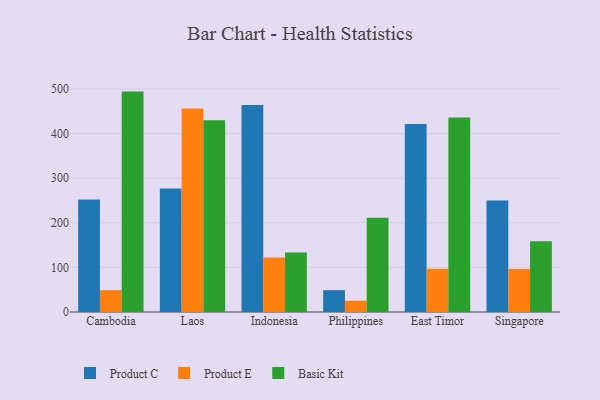
{"axis": {"x": "Country", "y": "Bounce Rate (%)"}, "legend": ["Basic Kit", "Product C", "Product E"], "data": [{"x": "Cambodia", "y": 252.0, "type": "Product C"}, {"x": "Cambodia", "y": 49.0, "type": "Product E"}, {"x": "Cambodia", "y": 494.0, "type": "Basic Kit"}, {"x": "Laos", "y": 277.0, "type": "Product C"}, {"x": "Laos", "y": 456.0, "type": "Product E"}, {"x": "Laos", "y": 429.9, "type": "Basic Kit"}, {"x": "Indonesia", "y": 463.9, "type": "Product C"}, {"x": "Indonesia", "y": 122.4, "type": "Product E"}, {"x": "Indonesia", "y": 133.5, "type": "Basic Kit"}, {"x": "Philippines", "y": 48.9, "type": "Product C"}, {"x": "Philippines", "y": 25.3, "type": "Product E"}, {"x": "Philippines", "y": 211.1, "type": "Basic Kit"}, {"x": "East Timor", "y": 421.5, "type": "Product C"}, {"x": "East Timor", "y": 97.0, "type": "Product E"}, {"x": "East Timor", "y": 435.7, "type": "Basic Kit"}, {"x": "Singapore", "y": 249.9, "type": "Product C"}, {"x": "Singapore", "y": 96.2, "type": "Product E"}, {"x": "Singapore", "y": 158.8, "type": "Basic Kit"}]}